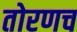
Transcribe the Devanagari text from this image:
तोरणच